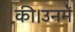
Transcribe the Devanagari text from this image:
की।उनमें